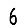
Digit: 6